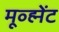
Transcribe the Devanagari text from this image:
मूव्ह्मेंट